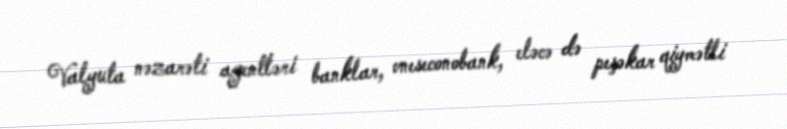
Valyuta nəzarəti agentləri banklar, vneseconobank, eləcə də peşəkar qiymətli